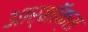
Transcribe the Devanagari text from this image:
आर्नॉक्स